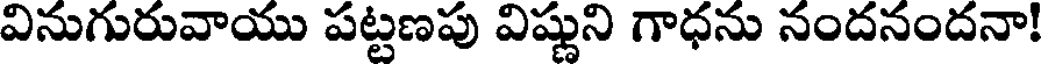
వినుగురువాయు పట్టణపు విష్ణుని గాధను నందనందనా!